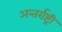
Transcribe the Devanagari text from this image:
अन्तर्राष्ट्री